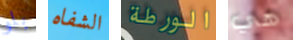
بلو الشفاه الورطة هي